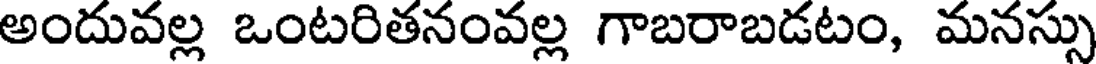
అందువల్ల ఒంటరితనంవల్ల గాబరాబడటం, మనస్సు